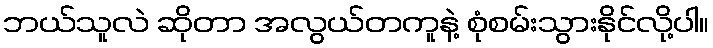
ဘယ်သူလဲ ဆိုတာ အလွယ်တကူနဲ့ စုံစမ်းသွားနိုင်လို့ပါ။